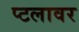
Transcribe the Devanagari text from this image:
प्टलावर